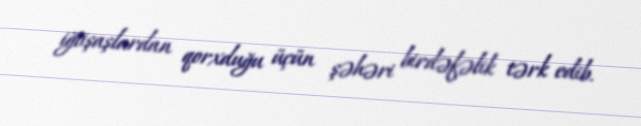
iğtişaşlardan qorxduğu üçün şəhəri birdəfəlik tərk edib.